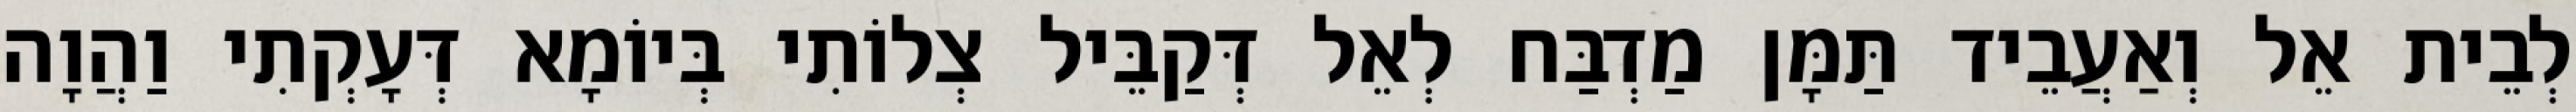
לְבֵית אֵל וְאַעֲבֵיד תַּמָּן מַדְבַּח לְאֵל דְּקַבֵּיל צְלוֹתִי בְּיוֹמָא דְּעָקְתִי וַהֲוָה